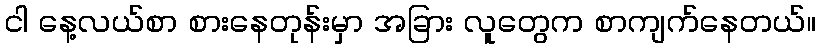
ငါ နေ့လယ်စာ စားနေတုန်းမှာ အခြား လူတွေက စာကျက်နေတယ်။